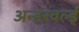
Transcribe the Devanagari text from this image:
अन्डरवर्ल्ड्